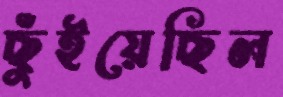
ছুঁইয়েছিল